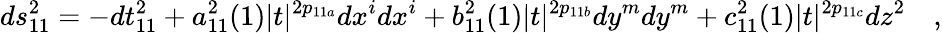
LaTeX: ds_{11}^{2}=-dt_{11}^{2}+a_{11}^{2}(1)|t|^{2p_{11a}}dx^{i}dx^{i}+b_{11}^{2}(1)|t|^{2p_{11b}}dy^{m}dy^{m}+c_{11}^{2}(1)|t|^{2p_{11c}}dz^{2}\quad,